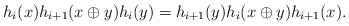
\begin{gather*}h_i(x) h_{i+1}(x \oplus y) h_i(y) = h_{i+1}(y) h_i(x \oplus y) h_{i+1}(x).\end{gather*}